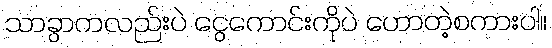
သာခွာကလည်းပဲ ငွေကောင်းကိုပဲ ဟောတဲ့စကားပါ။